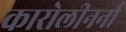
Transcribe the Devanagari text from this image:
कारोलीनर्ना